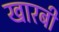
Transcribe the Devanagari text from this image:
खारबी